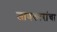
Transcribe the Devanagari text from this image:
जाणकारांचा